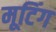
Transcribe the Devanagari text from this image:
मूटिंग